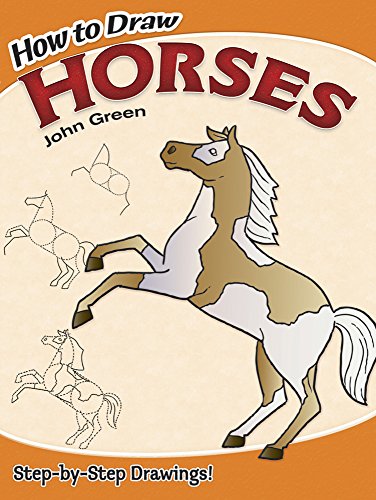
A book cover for How to Draw Horses (Dover How to Draw); John Green; Children's Books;